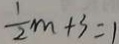
\frac { 1 } { 2 } m + 3 = 1